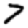
Digit: 7